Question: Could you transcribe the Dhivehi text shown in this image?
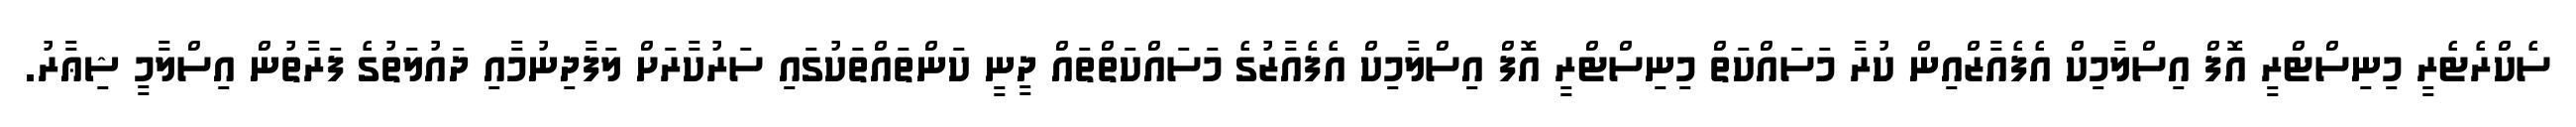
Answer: ސެކްރެޓެރީ މިނިސްޓްރީ އޮފް އިސްލާމިކް އެފެއާޒްއިން ކުރާ މަސައްކަތް މިނިސްޓްރީ އޮފް އިސްލާމިކް އެފެއާޒުގެ މަސައްކަތްތައް ދީނީ ކަންތައްތަކުގައި ސަރުކާރަށް ލަފާދިނުމާއި ދައުލަތުގެ ފަރާތުން އިސްލާމީ ޝިޢާރު.